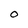
Character: O